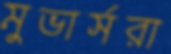
মুভার্সরা